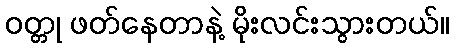
ဝတ္တု ဖတ်နေတာနဲ့ မိုးလင်းသွားတယ်။